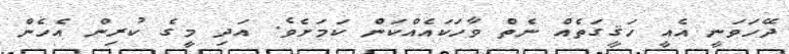
ދޭހަވަނީ އެއީ ހަޤީގަތެއް ނެތް ވާހަކައެއްކަން ކަމަށެވެ. އަދި މީގެ ކުރިން އެހެން